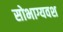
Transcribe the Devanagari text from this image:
सोभाग्यवश